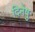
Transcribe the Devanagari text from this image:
दिनेषु